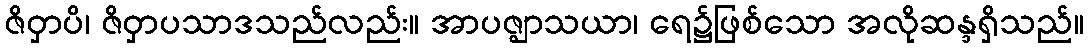
ဇိဝှာပိ၊ ဇိဝှာပသာဒသည်လည်း။ အာပဇ္ဈာသယာ၊ ရေ၌ဖြစ်သော အလိုဆန္ဒရှိသည်။